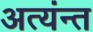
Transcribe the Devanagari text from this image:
अत्यंन्त